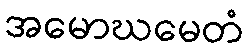
အမောဃမေတံ